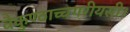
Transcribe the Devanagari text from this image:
वैकुण्ठाच्चगरीयसी।